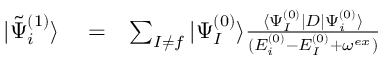
\begin{array} { r l r } { | \tilde { \Psi } _ { i } ^ { ( 1 ) } \rangle } & { { } = } & { \sum _ { I \ne f } | \Psi _ { I } ^ { ( 0 ) } \rangle \frac { \langle \Psi _ { I } ^ { ( 0 ) } | D | \Psi _ { i } ^ { ( 0 ) } \rangle } { ( E _ { i } ^ { ( 0 ) } - E _ { I } ^ { ( 0 ) } + \omega ^ { e x } ) } } \end{array}